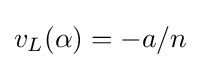
v_{L}(\alpha )=-a/n